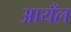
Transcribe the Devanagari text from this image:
आयँल